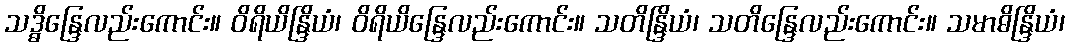
သဒ္ဓိန္ဒြေလည်းကောင်း။ ဝိရိယိန္ဒြိယံ၊ ဝိရိယိန္ဒြေလည်းကောင်း။ သတိန္ဒြိယံ၊ သတိန္ဒြေလည်းကောင်း။ သမာဓိန္ဒြိယံ၊